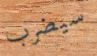
سيضرب